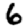
Digit: 6